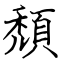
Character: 頹